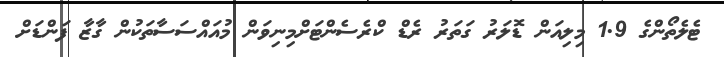
ޓެލެތޯންގެ 1.9 މިލިއަން ޑޮލަރު ގަތަރު ރެޑް ކްރެސެންޓަށްމިނިވަން މުއައްސަސާތަކުން ގާޒާ ފަންޑަށް